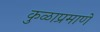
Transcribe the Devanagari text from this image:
कुळाप्रमाणे